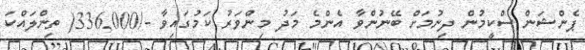
ޕެންޝަން ސްކީމުން ދިނުމަށް ބޭނުންވާ އެންމެ މަދު މިންވަރު ކަމުގައިވާ -/336